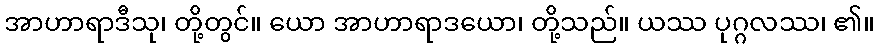
အာဟာရာဒီသု၊ တို့တွင်။ ယော အာဟာရာဒယော၊ တို့သည်။ ယဿ ပုဂ္ဂလဿ၊ ၏။